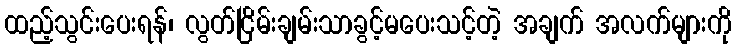
ထည့်သွင်းပေးရန်၊ လွတ်ငြိမ်းချမ်းသာခွင့်မပေးသင့်တဲ့ အချက် အလက်များကို